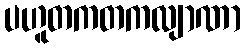
ပဟူတကတကလျာဏာ